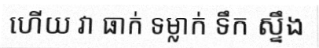
ហើយ វា ធាក់ ទម្លាក់ ទឹក ស្ទឹង